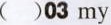
( )03 my